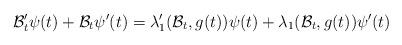
LaTeX: \begin{align*}\mathcal B_t'\psi(t)+\mathcal B_t\psi'(t)=\lambda'_1(\mathcal B_t,g(t))\psi(t)+\lambda_1(\mathcal B_t,g(t))\psi'(t)\end{align*}